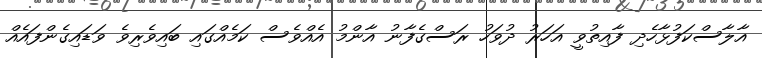
އާލާސްކަފުޅާހެދި ފާއިތުވީ އަހަރު ދުވަހު ރަސްގެފާނު އާންމު އެއްވެސް ކަމެއްގައި ބައިވެރިވެ ވަޑައިގެންފައެއް